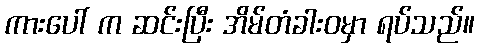
ကားပေါ် က ဆင်းပြီး အိမ်တံခါးဝမှာ ရပ်သည်။